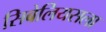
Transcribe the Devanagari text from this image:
सिबेलियसला